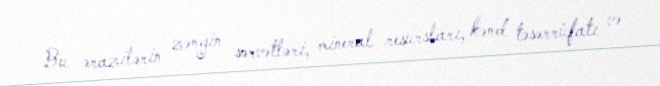
Bu ərazilərin zəngin sərvətləri, mineral resursları, kənd təsərrüfatı və